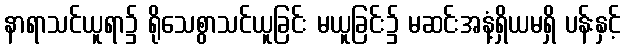
နာရာသင်ယူရာ၌ ရိုသေစွာသင်ယူခြင်း မယူခြင်း၌ မဆင်းအနံ့ရှိယမရှိ ပန်းနှင့်